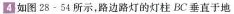
4如图28-54所示，路边路灯的灯柱BC垂直于地